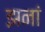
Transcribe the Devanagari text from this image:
झनां